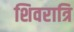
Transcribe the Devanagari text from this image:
शिवरात्रि